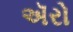
ઍરો